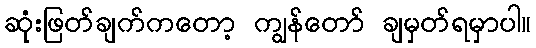
ဆုံးဖြတ်ချက်ကတော့ ကျွန်တော် ချမှတ်ရမှာပါ။